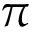
\pi